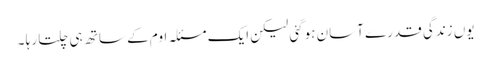
یوں زندگی قدرے آسان ہوگئی لیکن ایک مسئلہ اوم کے ساتھ ہی چلتا رہا ۔